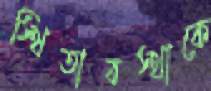
স্থিতাবস্থাকে